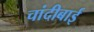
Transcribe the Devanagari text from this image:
चांदीबाई